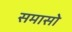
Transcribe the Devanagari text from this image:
समासो